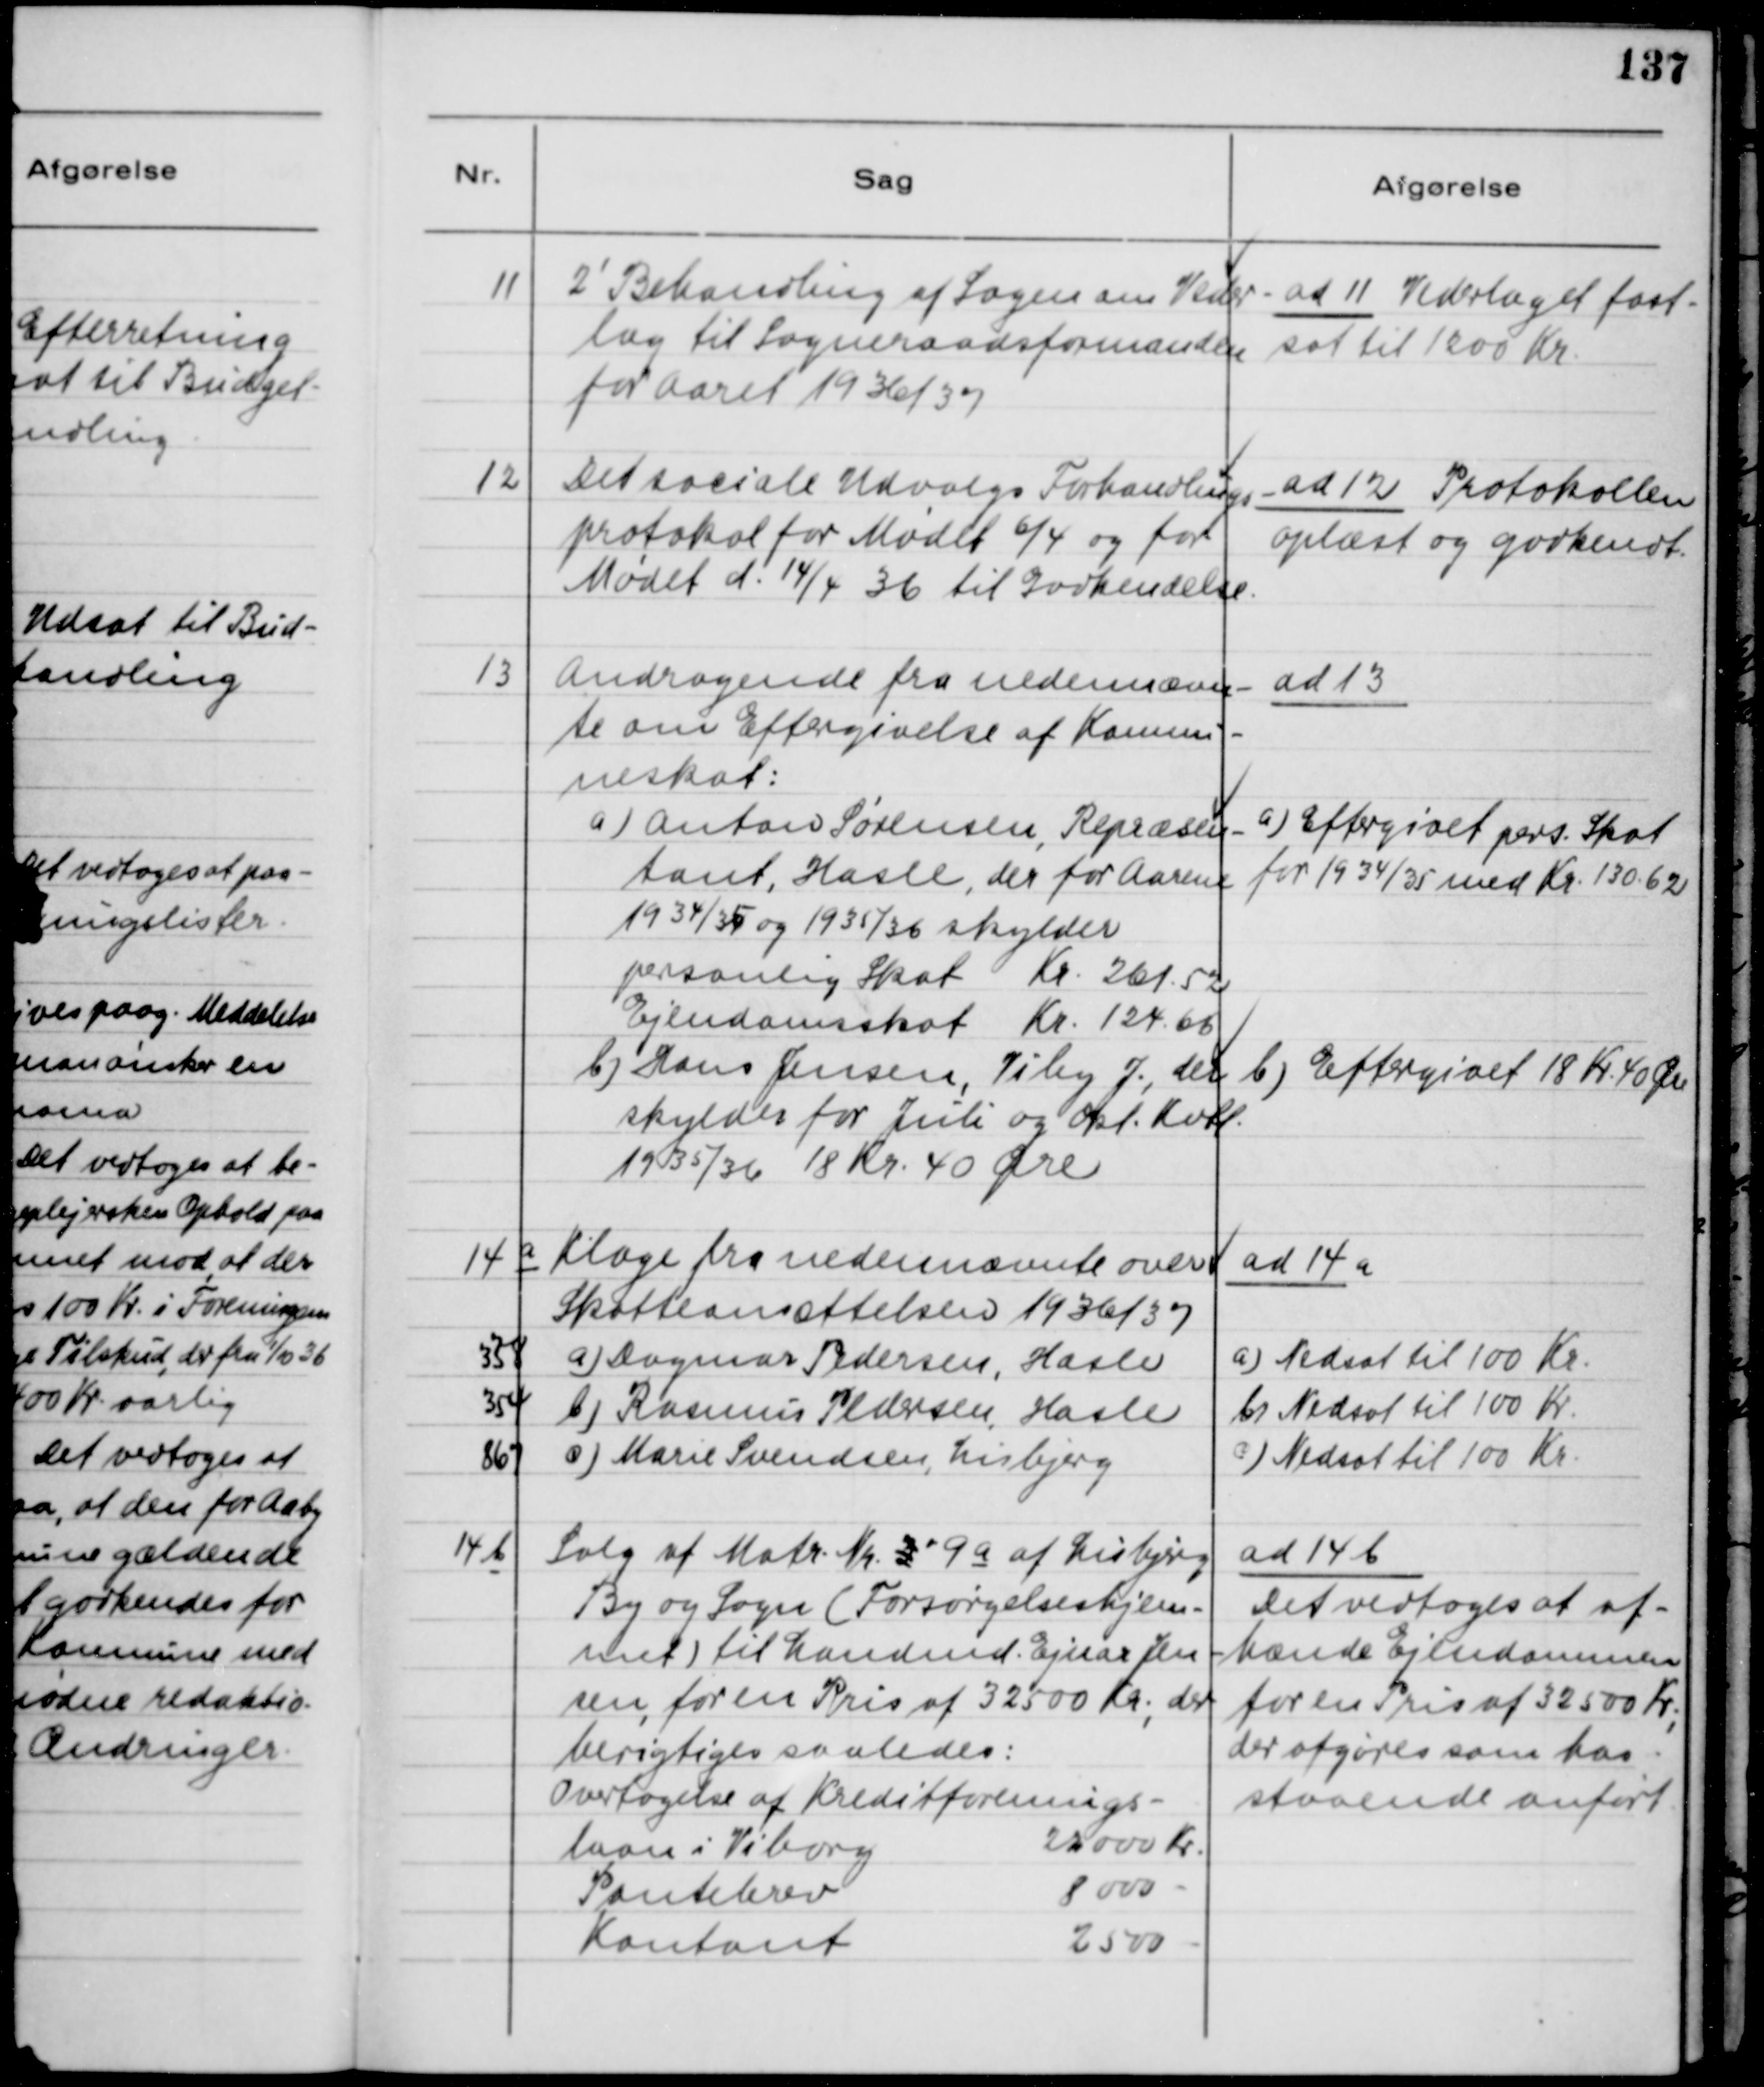
Transskription:
11
2' Behandling af Sagen om Veder-
lag til Sogneraadsformanden
for Aaret 1936/37
ad 11 Vederlaget fast-
sat til 1200 Kr.
12
Det sociale Udvalgs Forhandlings-
protokol for Mødet 6/4 og for
Mødet d. 14/4 36 til Godkendelse.
ad 12 Protokollen
oplæst og godkendt.
13
Andragende fra nedennævn-
te om Eftergivelse af Kommu-
neskat:
a) Anton Sørensen, Repræsen-
tant, Hasle, der for Aarene
1934/35 og 1935/36 skylder
personlig Skat Kr. 261,52
Ejendomskat Kr. 124,66
b) Hans Jensen, Viby J., der
skylder for Juli og Okt. Kvtl.
1935/36 18 Kr 40 Øre
ad 13
a) Eftergivet pers. Skat
for 1934/35 med Kr. 130,62
b) Eftergivet 18 Kr. 40 Øre
14 a
Klage fra nedennævnte over
Skatteansættelsen 1936/37
358
a) Dagmar Pedersen, Hasle
354
b) Rasmus Pedersen, Hasle
869
c) Marie Svendsen, Lisbjerg
ad 14a
a) Nedsat til 100 Kr.
b) Nedsat til 100 Kr.
c) Nedsat til 100 Kr.
14 b
Salg af Matr. Nr. 3 9 a af Lisbjerg
By og Sogn (Forsørgelseshjem-
met) til Landmd. Ejnar Jen-
sen for en Pris af 32500 Kr., der
berigtiges saaledes:
Overtagelse af Kreditforenings-
laan i Viborg
22000 Kr.
Pantebrev
8000
Kontant
2500
ad 14 b
Det vedtages at af-
hænde Ejendommen
for en Pris af 32500 Kr.,
der opgøres som hos-
staaende anført